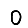
Digit: 0